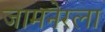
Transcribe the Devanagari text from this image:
जामनेरला